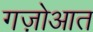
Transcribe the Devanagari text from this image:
गज़ोआत